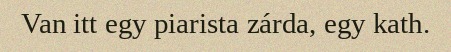
Van itt egy piarista zárda, egy kath.